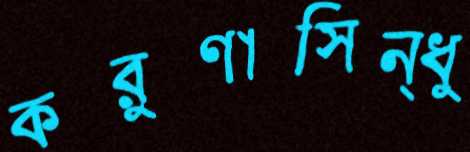
করুণাসিন্ধু